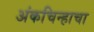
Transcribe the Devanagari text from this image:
अंकचिन्हाचा